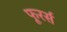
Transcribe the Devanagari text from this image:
फूरर्स